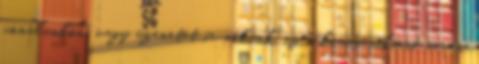
vonalunkon, vagy üzenetet ír nekünk, az e kommunikáció során